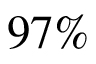
9 7 \%